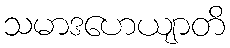
သမာဒဟေယျာတိ